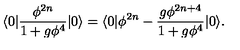
\langle 0 | \frac { \phi ^ { 2 n } } { 1 + g \phi ^ { 4 } } | 0 \rangle = \langle 0 | \phi ^ { 2 n } - \frac { g \phi ^ { 2 n + 4 } } { 1 + g \phi ^ { 4 } } | 0 \rangle .